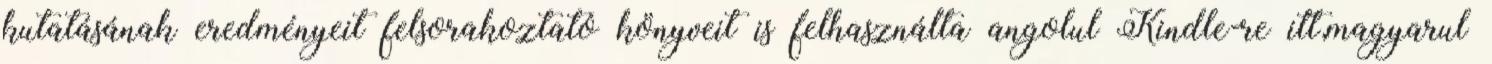
kutatásának eredményeit felsorakoztató könyveit is felhasználta angolul Kindle-re itt,magyarul